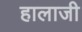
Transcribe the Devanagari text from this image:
हालाजी